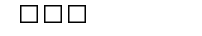
١١٥